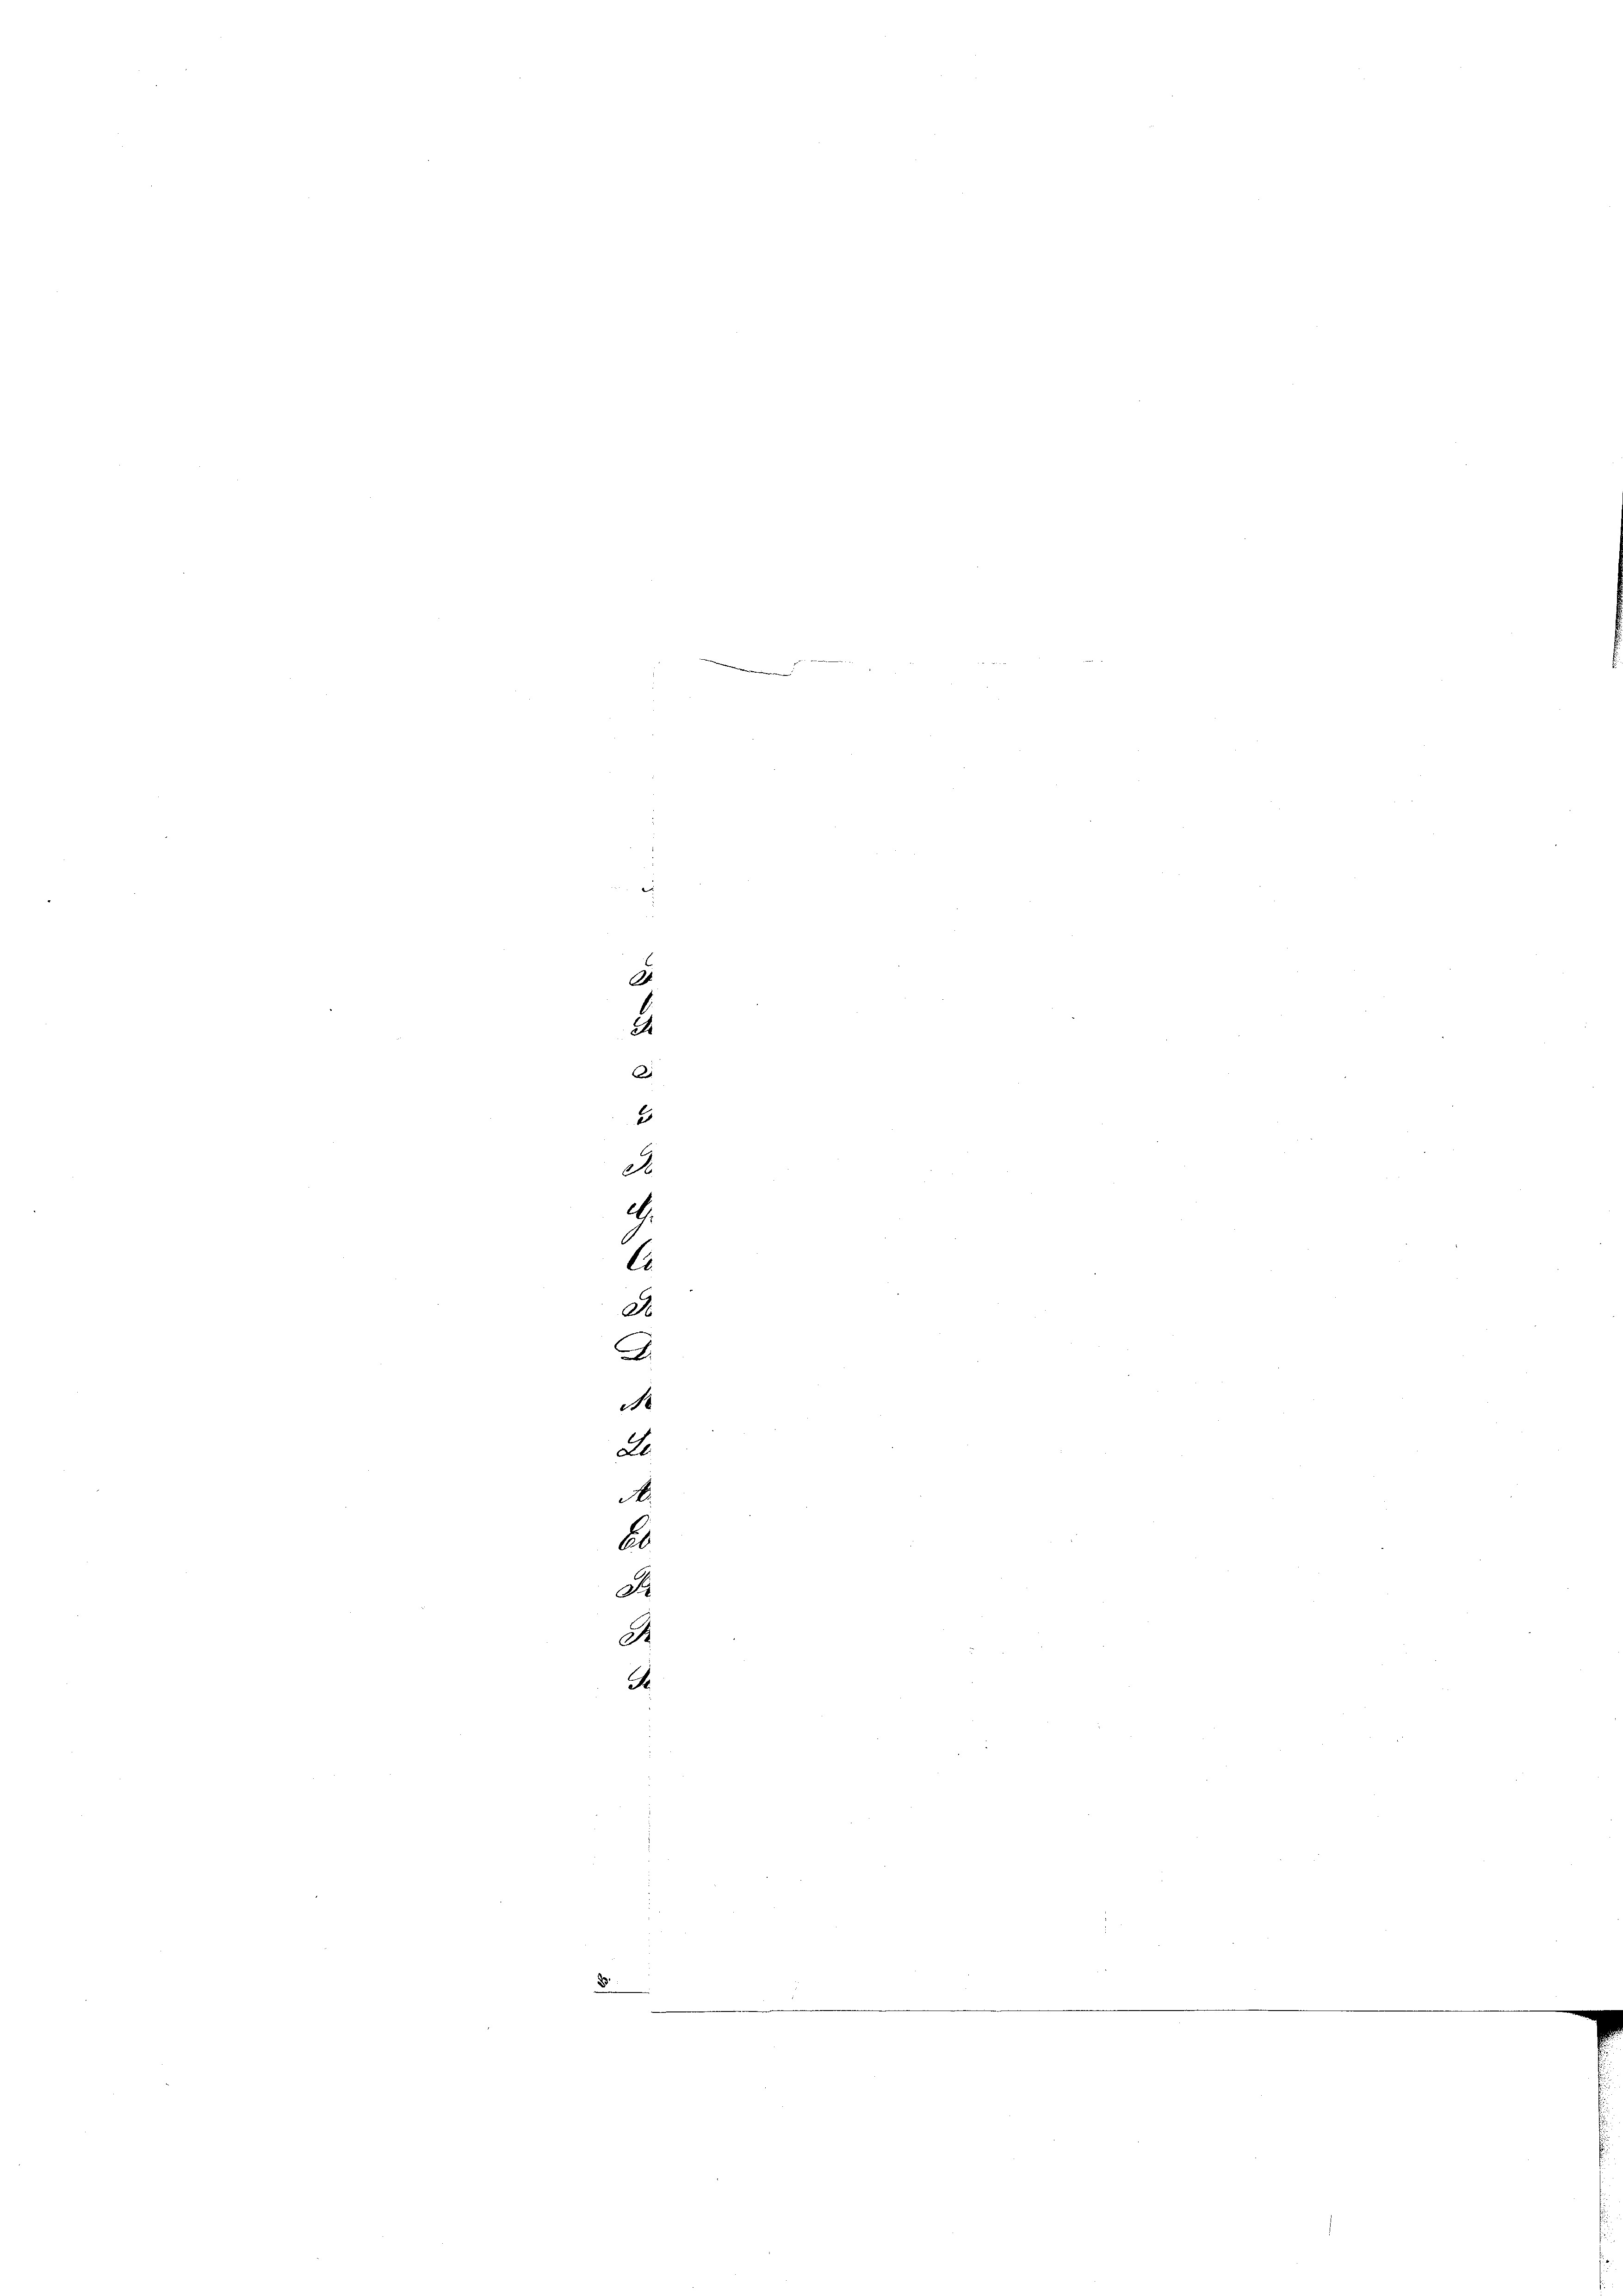
4
.
I
2
2
d
.
C
A
n
.
No
de
.
Ab
St
A
A.